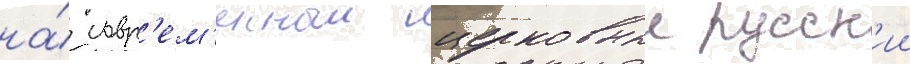
на́ совр'ем'енныи церковныи русск'ии